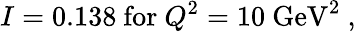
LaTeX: I=0.138\mathrm{~for~}Q^{2}=10\mathrm{~GeV}^{2}~,